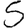
Digit: 5